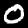
Label: 0